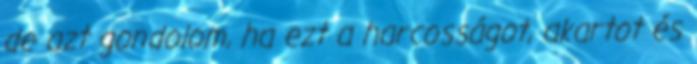
de azt gondolom, ha ezt a harcosságot, akartot és